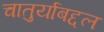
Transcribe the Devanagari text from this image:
चातुर्याबद्दल